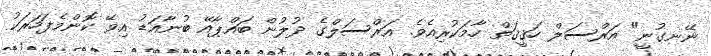
ނޭނގުނީ" އަރްސަލް ހަޤީޤަތް ހާމަކުރިއެވެ. އަރްސަލްގެ ދުލުން ބައްޕާއޭ ބުނާއަޑު އިވޭ ކޮންމެފަހަރަކު